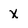
Character: x